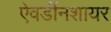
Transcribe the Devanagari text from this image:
ऐवर्डीनशायर